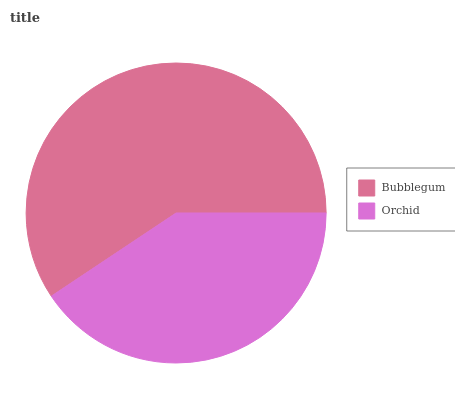
| Bubblegum | Orchid |
 | --- | --- |
 | 59.4% | 40.6% |